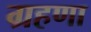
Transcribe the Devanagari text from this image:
ग्रहणा